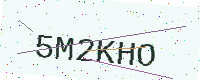
Text: 5M2KHO